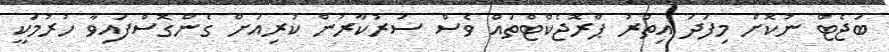
ބަޖެޓް ނުކޮށް މިފަދަ އިތުރު ޕްރޮޖެކްޓްތައް ވެސް ސަރުކާރުން ކުރިއަށް ގެންގޮސްފައިވާ ހުރުމަކީ